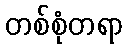
တစ်စုံတရာ